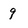
Character: 9